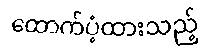
ထောက်ပံ့ထားသည့်